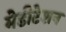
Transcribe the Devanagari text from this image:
मेडीटेशन